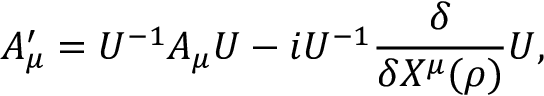
A _ { \mu } ^ { \prime } = U ^ { - 1 } A _ { \mu } U - i U ^ { - 1 } \frac { \delta } { \delta X ^ { \mu } ( \rho ) } U ,